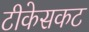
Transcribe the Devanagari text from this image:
टीकेसकट